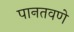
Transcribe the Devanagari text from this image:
पानतवणे